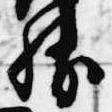
勝